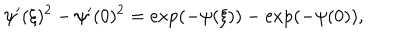
\psi ^ { \prime } ( \xi ) ^ { 2 } - \psi ^ { \prime } ( 0 ) ^ { 2 } = \exp ( - \psi ( \xi ) ) - \exp ( - \psi ( 0 ) ) ,